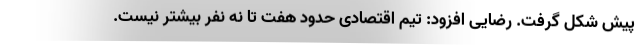
پیش شکل گرفت. رضایی افزود: تیم اقتصادی حدود هفت تا نه نفر بیشتر نیست.